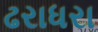
ઢરાધરા